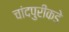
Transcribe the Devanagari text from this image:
चांदपुरीकडे